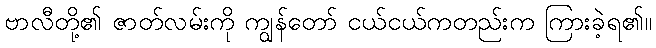
ဗာလီတို့၏ ဇာတ်လမ်းကို ကျွန်တော် ငယ်ငယ်ကတည်းက ကြားခဲ့ရ၏။